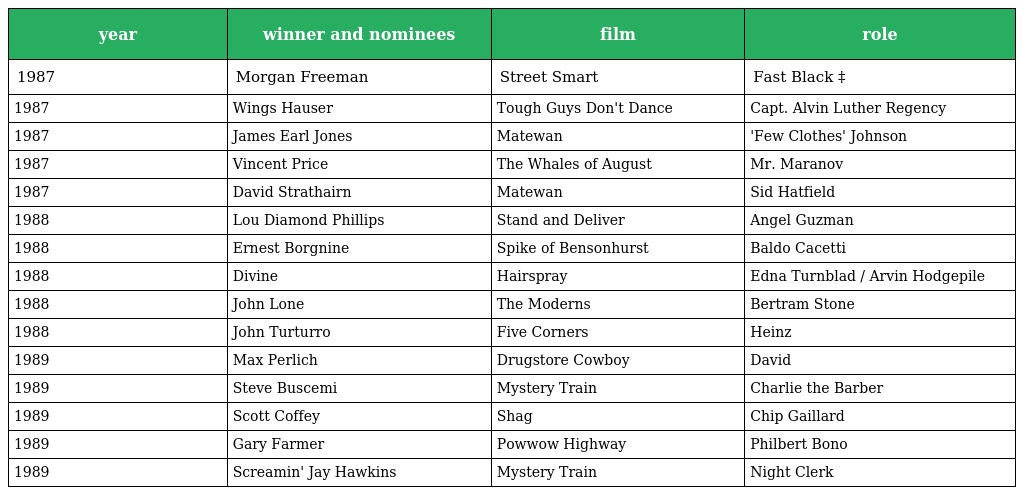
| year | winner and nominees | film | role |
 | --- | --- | --- | --- |
 | 1987 | Morgan Freeman | Street Smart | Fast Black ‡ |
 | 1987 | Wings Hauser | Tough Guys Don't Dance | Capt. Alvin Luther Regency |
 | 1987 | James Earl Jones | Matewan | 'Few Clothes' Johnson |
 | 1987 | Vincent Price | The Whales of August | Mr. Maranov |
 | 1987 | David Strathairn | Matewan | Sid Hatfield |
 | 1988 | Lou Diamond Phillips | Stand and Deliver | Angel Guzman |
 | 1988 | Ernest Borgnine | Spike of Bensonhurst | Baldo Cacetti |
 | 1988 | Divine | Hairspray | Edna Turnblad / Arvin Hodgepile |
 | 1988 | John Lone | The Moderns | Bertram Stone |
 | 1988 | John Turturro | Five Corners | Heinz |
 | 1989 | Max Perlich | Drugstore Cowboy | David |
 | 1989 | Steve Buscemi | Mystery Train | Charlie the Barber |
 | 1989 | Scott Coffey | Shag | Chip Gaillard |
 | 1989 | Gary Farmer | Powwow Highway | Philbert Bono |
 | 1989 | Screamin' Jay Hawkins | Mystery Train | Night Clerk |